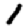
Digit: 1